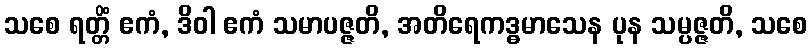
သစေ ရတ္တိံ ဧကံ, ဒိဝါ ဧကံ သမာပဇ္ဇတိ, အတိရေကဒ္ဓမာသေန ပုန သမ္ပဇ္ဇတိ, သစေ